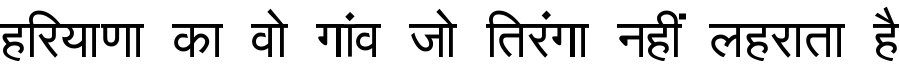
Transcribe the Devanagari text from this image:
हरियाणा का वो गांव जो तिरंगा नहीं लहराता है